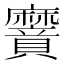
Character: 𮮌